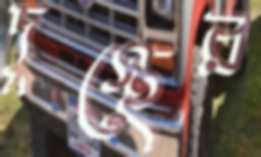
দুস্থের